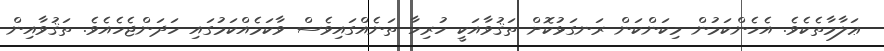
ޢަލާމާތެކެވެ. އެހެންކަމުން މިކަންކަން ރަނގަޅުކޮށް ތަޤުވާއަކީ ހުރިހާ ތަނެއްގައިވެސް ވާކަމެއްކަމުގައި ހަދަންޖެހެއެވެ. ތަޤުވާއިން